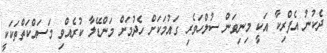
ދެކުނު އެފްރިކާ އަކީ މިނިވަން ސުލްހަވެރި ގައުމަކަށް ހެދުމަށް މަންޑޭލާ ކުރެއްވި މަސައްކަތްތަކަކީ